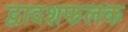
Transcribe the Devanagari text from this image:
द्वादशफलक